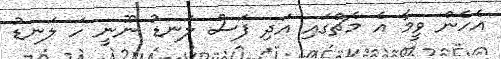
އެހެން ވީމާ އެ މެޗްގައި އަދި ފަސް ލަނޑު ނޫނީ ހަ ލަނޑު